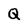
Character: Q